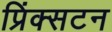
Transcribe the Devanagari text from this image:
प्रिंक्सटन